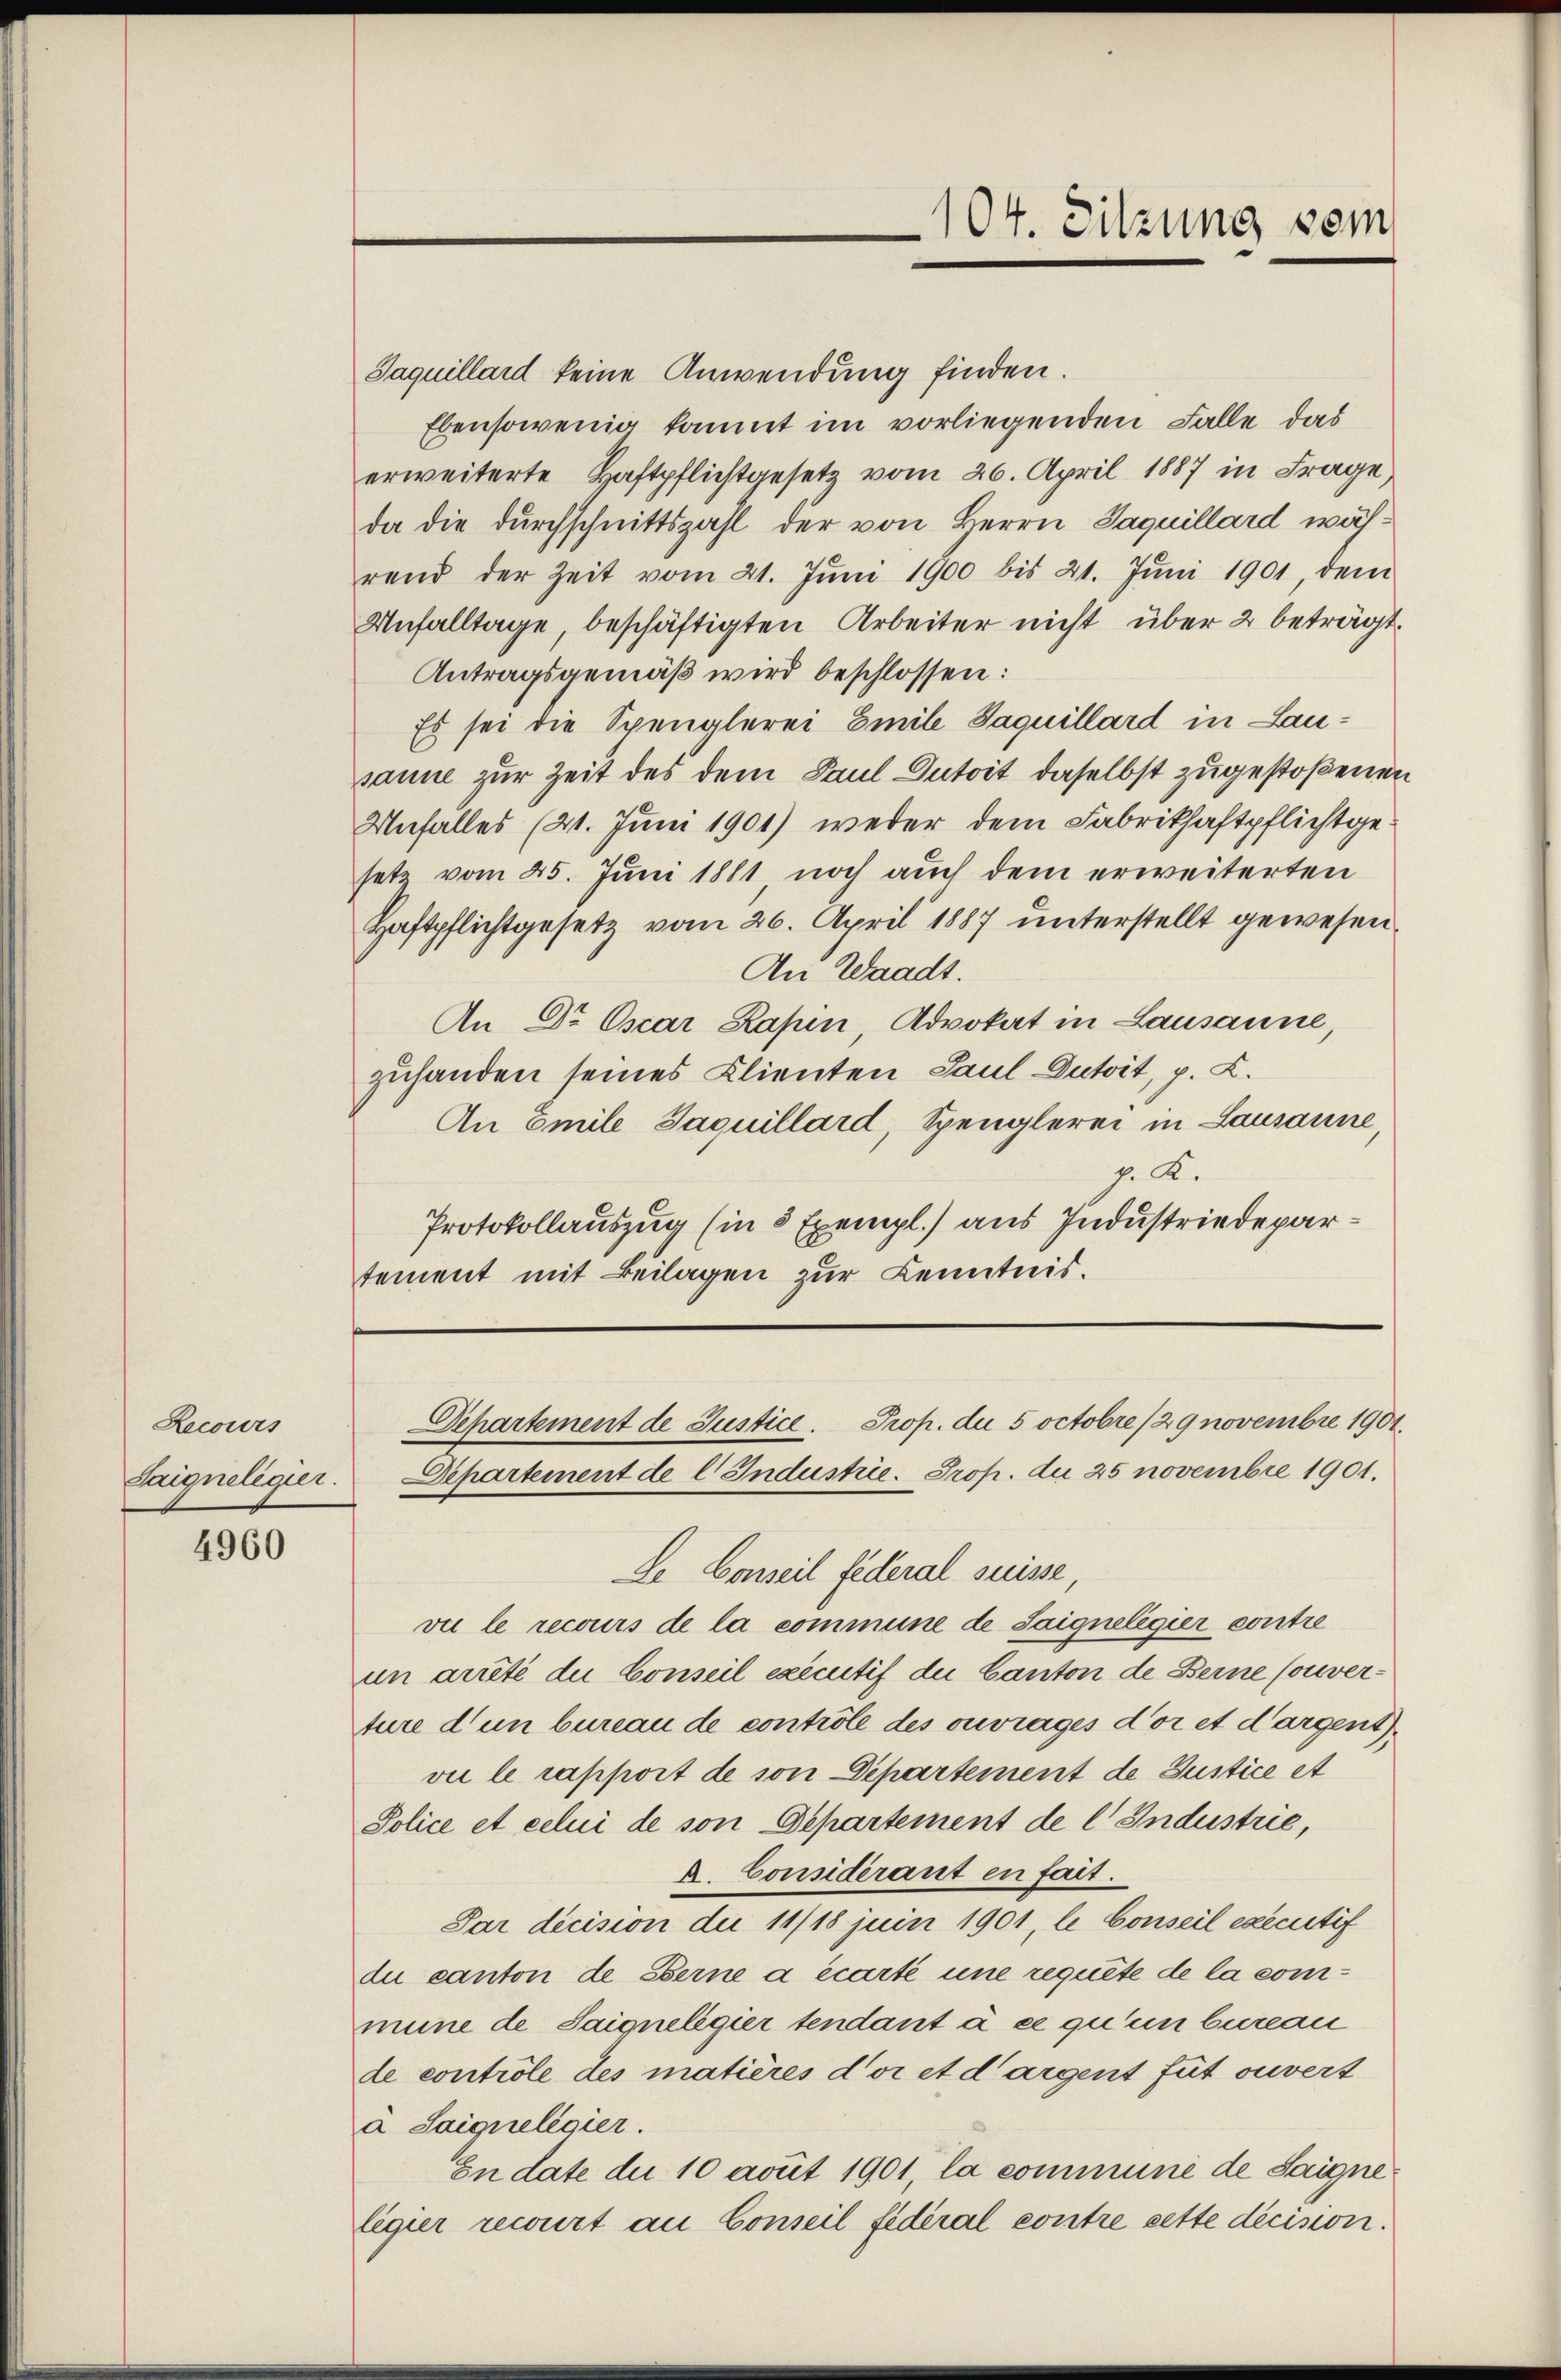
Lecours

4960

104. Sitzung sein

Jaquillard keine Anwendung finden.
Ebensowenig kommt im vorliegenden Falle das
erweiterte Haftpflichtgesetz vom 26. April 1887 in Frage
da die durchschnittszahl der von Herrn Jaquillard, während der Zeit vom 21. Jŭni 1900 bis 21. Jŭni 1901 dem
Unfalltage, beschäftigten Arbeiter nicht über 2 beträgt.
Antragsgemäß wird beschlossen:
Es sei die Spenglerei Emil Jaquillard in Lausanne zur Zeit des dem Paul Dutoit daselbst zugestoßenen
Unfalles (21. Juni 1901) weder dem Fabrikhaftpflichtge
setz vom 25. Juni 1881 noch auch dem erweiterten
Haftpflichtgesetz vom 26. April 1887 unterstellt gewesen.
An Waadt.
An Dr. Oscar Kapin, Advokat in Lausanne,
zuhanden seines Klienten Paul Dutoit, p. L.
An Emil Jaquillard, Spenglerei in Lausanne,
p. K.
Protokollauszug (in 8 Exempl.) aus Industriedepartement mit Beilagen zur Kenntnis.

Le Conseil federal suisse,
vu le recours de la commune de Saigneligier contre
un arrêté du Conseil executif du Canton de Berne Couverture d’un bureau de contrôle des ouvrages d’or et dargent
vie le rapport de son Departement de Justice et
Police et celui de son Departement de l Industrie,
a. Considérant en fait.
Par decision die 11/18 juin 1901, le Conseil executif
du canton de Berne a écarte une requête de la commune de Saigneligier tendant à ce qu’un bureau
de contrôle des matières d’or et dargent fut ouvert
a Saiqueligier.
In date du 10 avut 1901, la commune de Saigneligier recourt an Conseil fédéral contre sette decision.

Departement de Justice. Prop. du 5 octobre /29 novembre 1901.
Suignelegier. Departement de l. Industrie. Prop. du 25 novembre 1901.